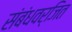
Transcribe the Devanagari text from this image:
संबंधवर्जित